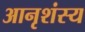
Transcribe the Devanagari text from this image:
आनृशंस्य